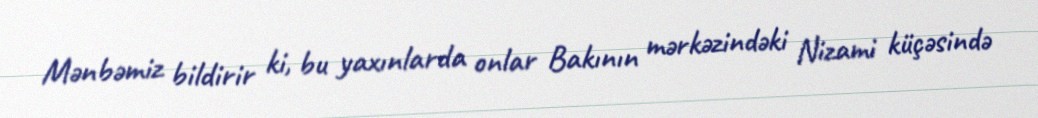
Mənbəmiz bildirir ki, bu yaxınlarda onlar Bakının mərkəzindəki Nizami küçəsində